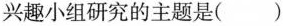
兴趣小组研究的主题是( )